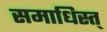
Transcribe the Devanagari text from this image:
समाधिस्त्